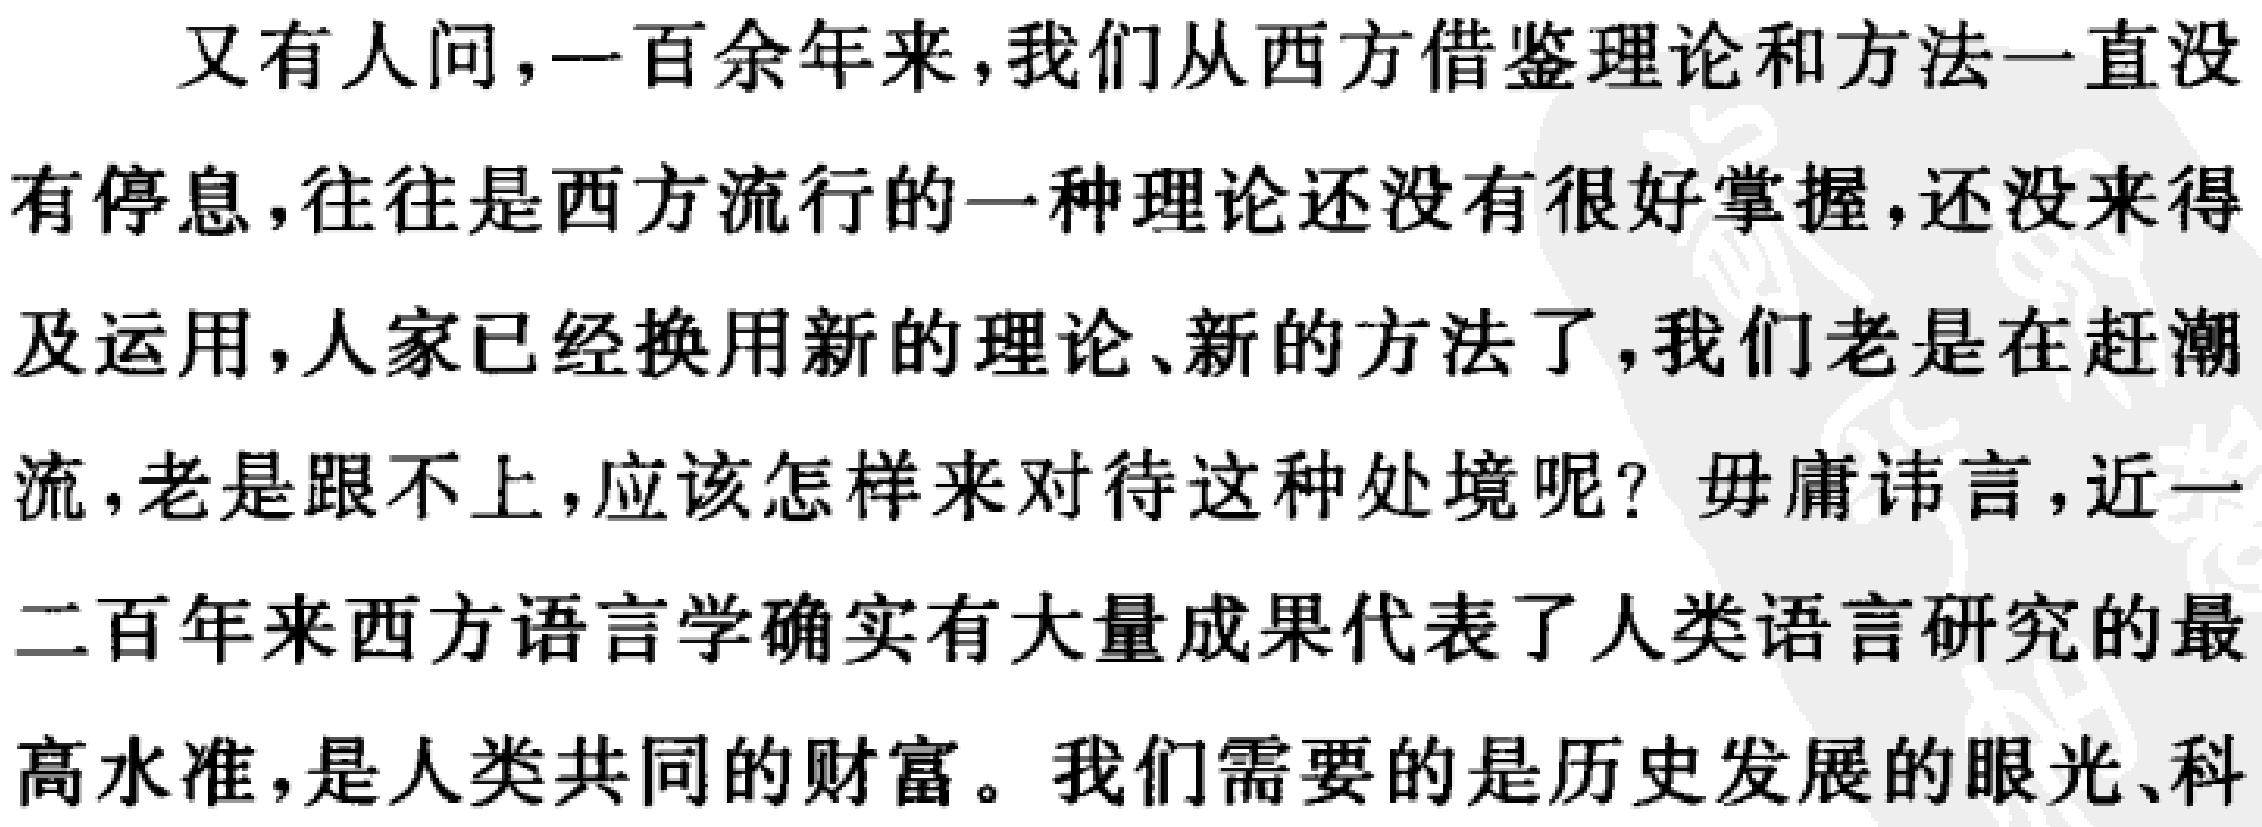
又有人问，一百余年来，我们从西方借鉴理论和方法一直没

有停息，往往是西方流行的一种理论还没有很好掌握，还没来

及运用，人家已经换用新的理论、新的方法了，我们老是在赶潮

流，老是跟不上，应该怎样来对待这种处境呢？毋庸讳言，近一

二百年来西方语言学确实有大量成果代表了人类语言研究的最

高水准，是人类共同的财富。我们需要的是历史发展的眼光、科